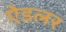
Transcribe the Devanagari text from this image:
ऐडलर